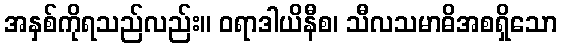
အနှစ်ကိုရသည်လည်း။ ဝရာဒါယိနီစ၊ သီလသမာဓိအစရှိသော